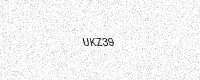
Text: UKZ39